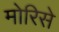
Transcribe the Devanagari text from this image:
मोरिसे